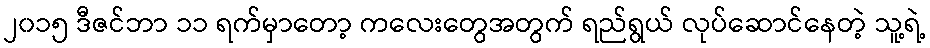
၂၀၁၅ ဒီဇင်ဘာ ၁၁ ရက်မှာတော့ ကလေးတွေအတွက် ရည်ရွယ် လုပ်ဆောင်နေတဲ့ သူ့ရဲ့